Report on vaccination in Madras 1922-1929 - 1922-1929
Year: 1922
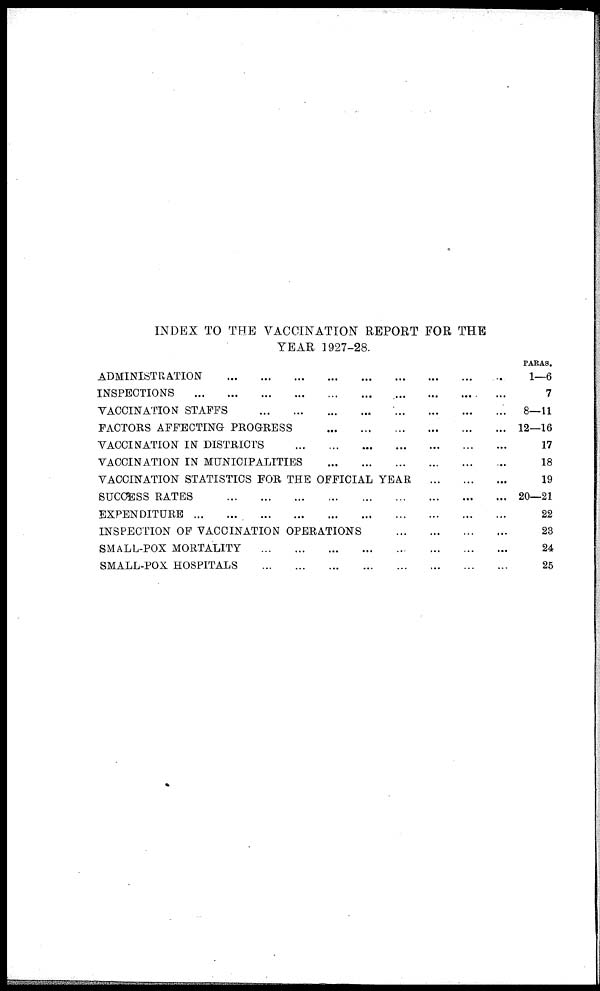
INDEX TO THE VACCINATION REPORT FOR THE
YEAR 1927-28.
ADMINISTRATION
...
...
...
...
...
...
...
...
INSPECTIONS
...
...
...
...
...
...
...
...
VACCINATION STAFFS
...
...
...
...
...
...
...
...
FACTORS AFFECTING PROGRESS
...
...
...
...
...
...
...
...
VACCINATION IN DISTRICTS
...
...
...
...
...
...
...
...
VACCINATION IN MUNICIPALITIES ... ... ... ... ... ... ... ...
VACCINATION STATISTICS FOR THE OFFICIAL YEAR
...
...
...
SUCCESS RATES
...
...
...
...
...
...
...
EXPENDITURE
...
...
...
...
...
...
...
...
...
INSPECTION OF VACCINATION OPERATIONS
...
...
...
...
...
SMALL-POX MORTALITY
...
...
...
...
...
...
...
...
SMALL-POX HOSPITALS
...
...
...
...
...
...
...
...
PARAS.
1—6
7
8—11
12—16
17
18
19
20—21
22
23
24
25